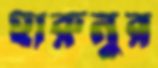
হারুনুর